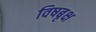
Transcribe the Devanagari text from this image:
विषबृक्ष